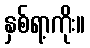
နှစ်ရာ့ကိုး။